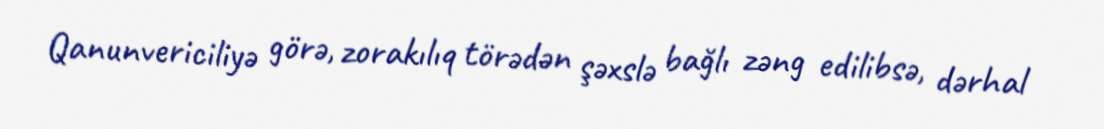
Qanunvericiliyə görə, zorakılıq törədən şəxslə bağlı zəng edilibsə, dərhal